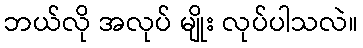
ဘယ်လို အလုပ် မျိုး လုပ်ပါသလဲ။